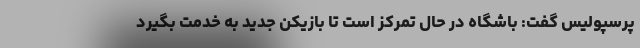
پرسپولیس گفت: باشگاه در حال تمرکز است تا بازیکن جدید به خدمت بگیرد